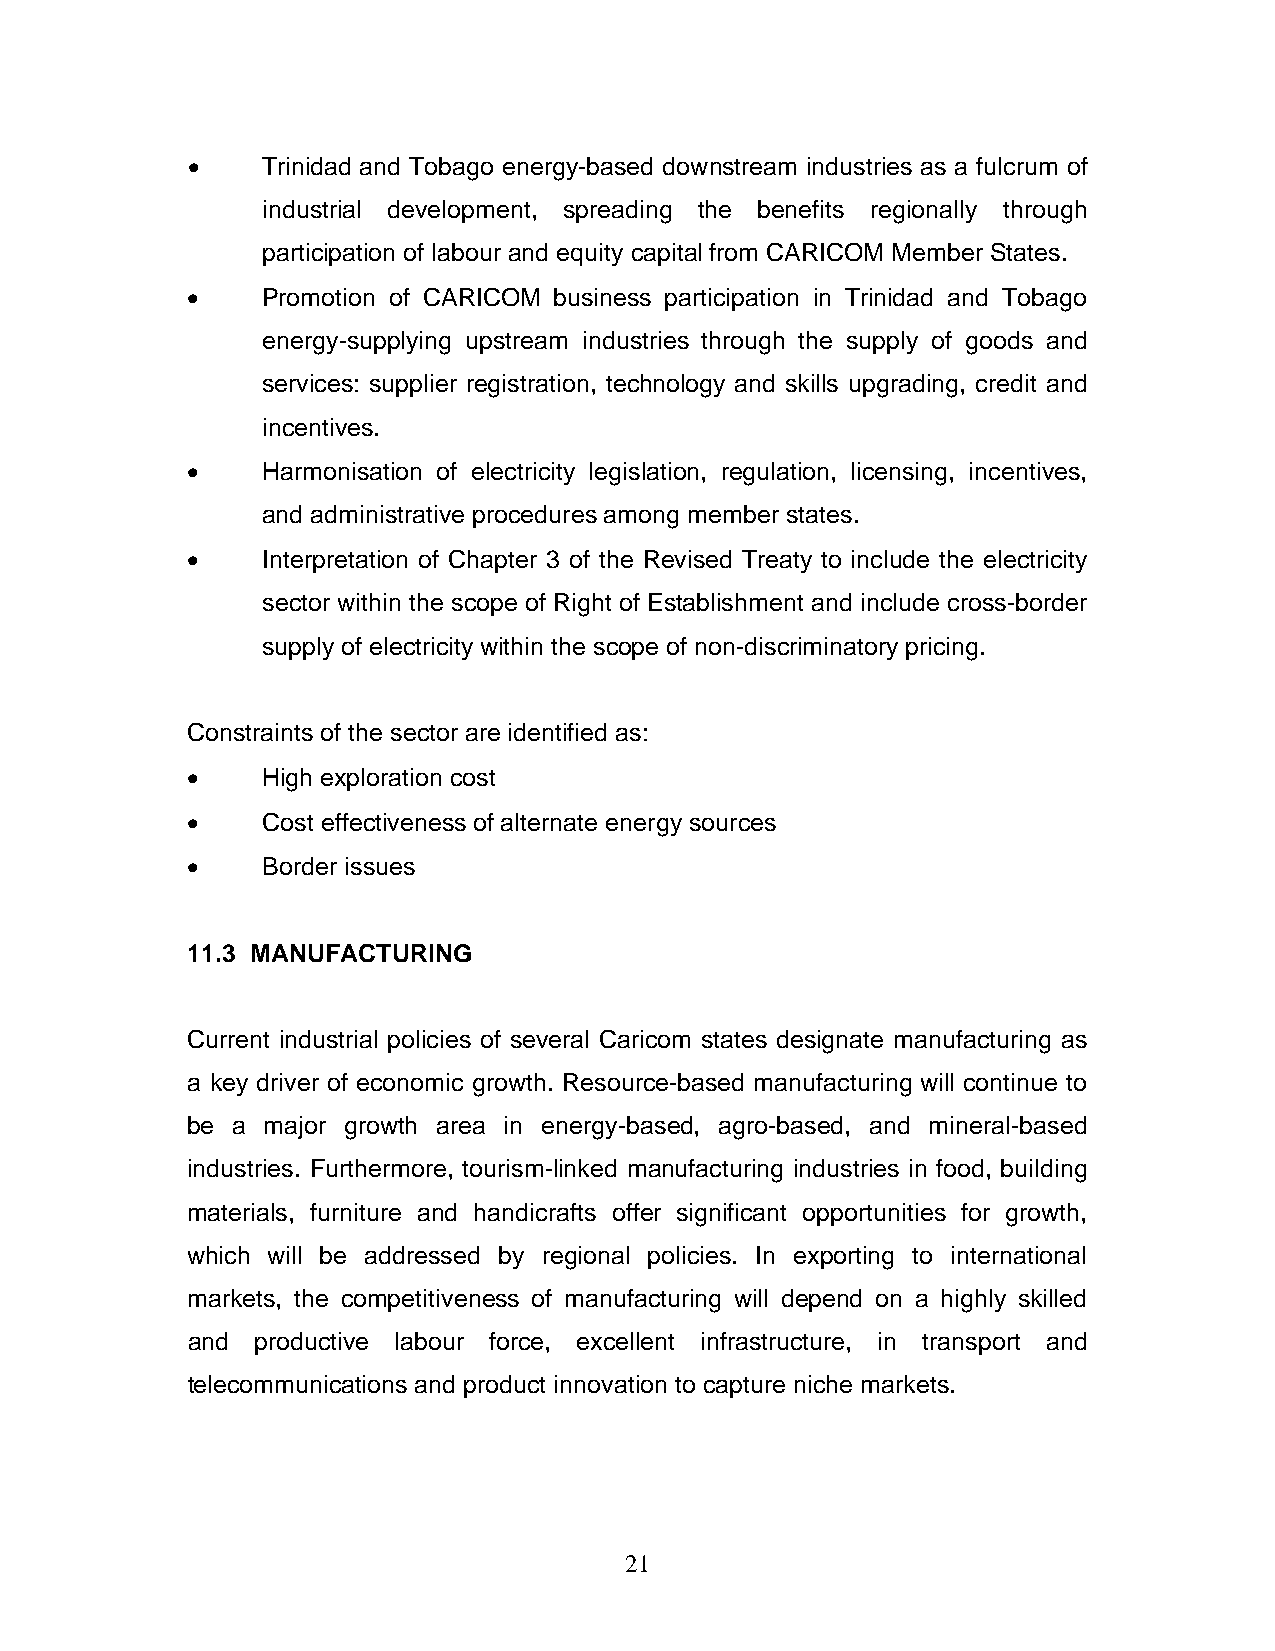
•    Trinidad and Tobago energy-based downstream industries as a fulcrum of
 industrial development, spreading the benefits regionally through
 participation of labour and equity capital from CARICOM Member States.
 •    Promotion of CARICOM business participation in Trinidad and Tobago
 energy-supplying upstream industries through the supply of goods and
 services: supplier registration, technology and skills upgrading, credit and
 incentives.
 •    Harmonisation of electricity legislation, regulation, licensing, incentives,
 and administrative procedures among member states.
 •    Interpretation of Chapter 3 of the Revised Treaty to include the electricity
 sector within the scope of Right of Establishment and include cross-border
 supply of electricity within the scope of non-discriminatory pricing.
 Constraints of the sector are identified as:
 •    High exploration cost
 •    Cost effectiveness of alternate energy sources
 •    Border issues
 11.3 MANUFACTURING
 Current industrial policies of several Caricom states designate manufacturing as
 a key driver of economic growth. Resource-based manufacturing will continue to
 be a major growth area in energy-based, agro-based, and mineral-based
 industries. Furthermore, tourism-linked manufacturing industries in food, building
 materials, furniture and handicrafts offer significant opportunities for growth,
 which will be addressed by regional policies. In exporting to international
 markets, the competitiveness of manufacturing will depend on a highly skilled
 and  productive labour force, excellent infrastructure, in transport and
 telecommunications and product innovation to capture niche markets.
 21